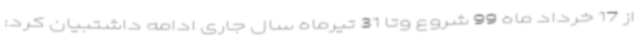
از 17 خرداد ماه 99 شروع وتا 31 تیرماه سال جاری ادامه داشتبیان کرد: